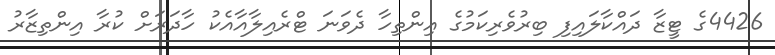
4426ގެ ޓީޒާ ދައްކާލައިފި ބިރުވެރިކަމުގެ އިންތިހާ ދެވަނަ ޓްރެއިލާއާއެކު ހާދަރަށް ކުރާ އިންތިޒާރު